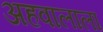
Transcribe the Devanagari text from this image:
अहवालाला